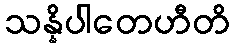
သန္နိပါတေဟီတိ